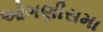
ઓગણીસમા